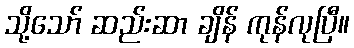
သို့သော် ဆည်းဆာ ချိန် ကုန်လုပြီ။